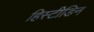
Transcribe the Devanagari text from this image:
हिस्टीडिन